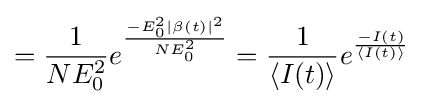
={\frac {1}{NE_{0}^{2}}}e^{\frac {-E_{0}^{2}{\left\vert \beta (t)\right\vert }^{2}}{NE_{0}^{2}}}={\frac {1}{\langle I(t)\rangle }}e^{\frac {-I(t)}{\langle I(t)\rangle }}